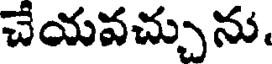
చేయవచ్చును.